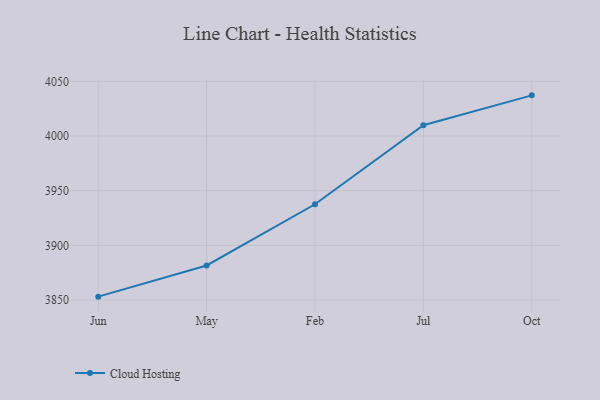
{"axis": {"x": "Month", "y": "Population (Million)"}, "legend": ["Cloud Hosting"], "data": [{"x": "Jun", "y": 3853.1, "type": "Cloud Hosting"}, {"x": "May", "y": 3881.6, "type": "Cloud Hosting"}, {"x": "Feb", "y": 3937.6, "type": "Cloud Hosting"}, {"x": "Jul", "y": 4009.9, "type": "Cloud Hosting"}, {"x": "Oct", "y": 4037.2, "type": "Cloud Hosting"}]}